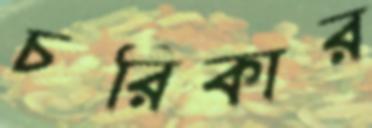
চরিকার